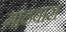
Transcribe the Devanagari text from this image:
गाढवास